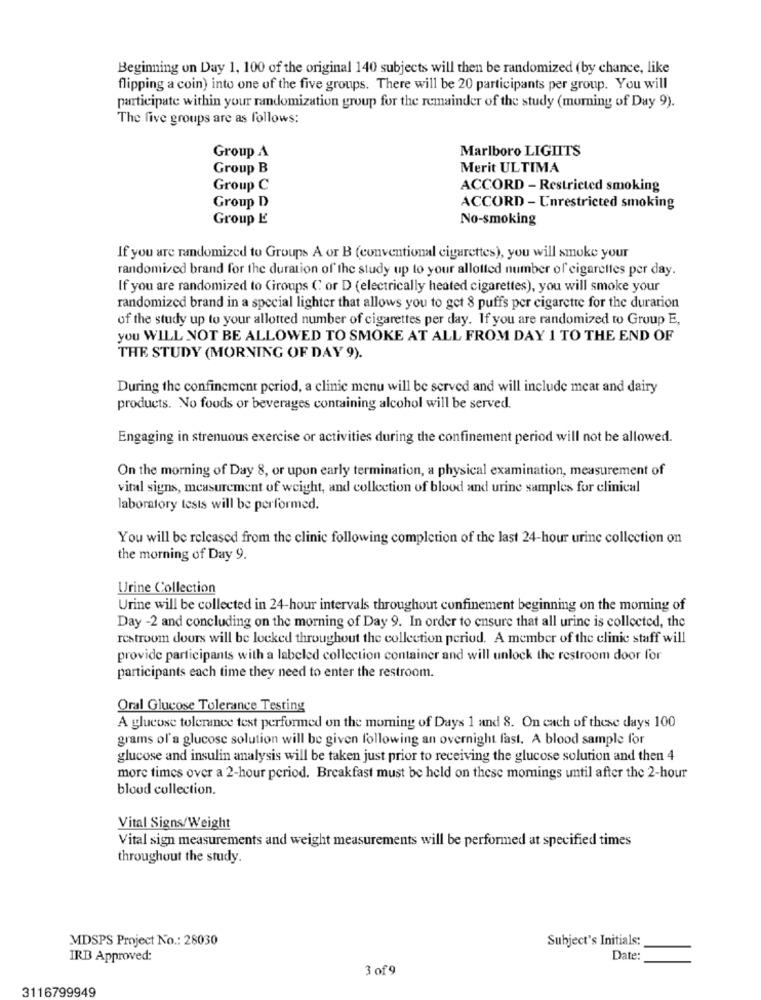
Beginning on Day 1, 100 of the original 140 subjects will then be randomized (by chance, like
flipping a coin) into one of the five groups. There will be 20 participants per group. You will
participate within your randomization group for the remainder of the study (morning of Day 9).
The five groups are as follows:
Marlboro LIGIITS
Group A
Group B
Merit ULTIMA
Group C
ACCORD - Restricted smoking
Group D
ACCORD - Unrestricted smoking
Group E
No-smoking
If you are randomized to Groups A or B (conventional cigarettes), you will smoke your
randomized brand for the duration of the study up to your allotted number of cigarettes per day.
If you are randomized to Groups ( or D (electrically heated cigarettes), you will smoke your
randomized brand in a special lighter that allows you to get 8 puffs per cigarette for the duration
of the study up to your allotted number of cigarettes per day. If you are randomized to Group E,
you WILL NOT BE ALLOWED TO SMOKE AT ALL FROM DAY 1 TO THE END OF
THE STUDY (MORNING OF DAY 9).
During the confinement period, a clinic menu will be served and will include mear and dairy
products. No foods or beverages containing alcohol will be served.
Engaging in strenuous exercise or activities during the confinement period will not be allowed.
On the morning of Day 8, or upon early termination, a physical examination, measurement of
vital signs, measurement of weight, and collection of blood and urine samples for clinical
laboratory tests will be performed.
You will be released from the clinic following completion of the last 24-hour urine collection on
the morning of Day 9.
Urine Collection
Urine will be collected in 24-hour intervals throughout confinement beginning on the morning of
Day -2 and concluding on the morning of Day 9. In order to ensure that all urine is collected, the
restroom doors will be locked throughout the collection period. A member of the clinic staff will
provide participants with a labeled collection container and will unlock the restroom door for
participants each time they need to enter the restroom.
Oral Glucose Tolerance Testing
A glucose tolerance test performed on the moming of Days 1 and 8. On each of these days 100
grams of'a glucose solution will be given following an overnight fast. A blood sample for
glucose and insulin analysis will be taken just prior to receiving the glucose solution and then 4
more times over a 2-hour period. Breakfast must be held on these mornings until after the 2-hour
blood collection.
Vital Signs/Weight
Vital sign measurements and weight measurements will be performed at specified times
throughout the study.
MDSPS Project No .: 28030
Subject's Initials:
IRB Approved:
Date:
3 of 9
3116799949